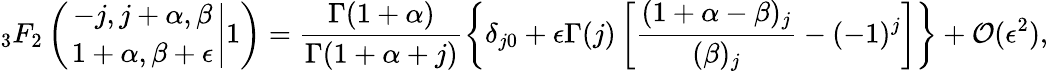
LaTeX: {_3F_{2}}\left(\left.{-j,j+\alpha,\beta\atop 1+\alpha,\beta+\epsilon}\right|1\right)=\frac{\Gamma(1+\alpha)}{\Gamma(1+\alpha+j)}\left\{ \delta_{j0}+\epsilon\Gamma(j)\left[\frac{(1+\alpha-\beta)_{j}}{(\beta)_{j}}-(-1)^{j}\right]\right\} +{\cal O}(\epsilon^{2}),